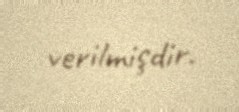
verilmişdir.